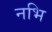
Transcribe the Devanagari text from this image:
नभि